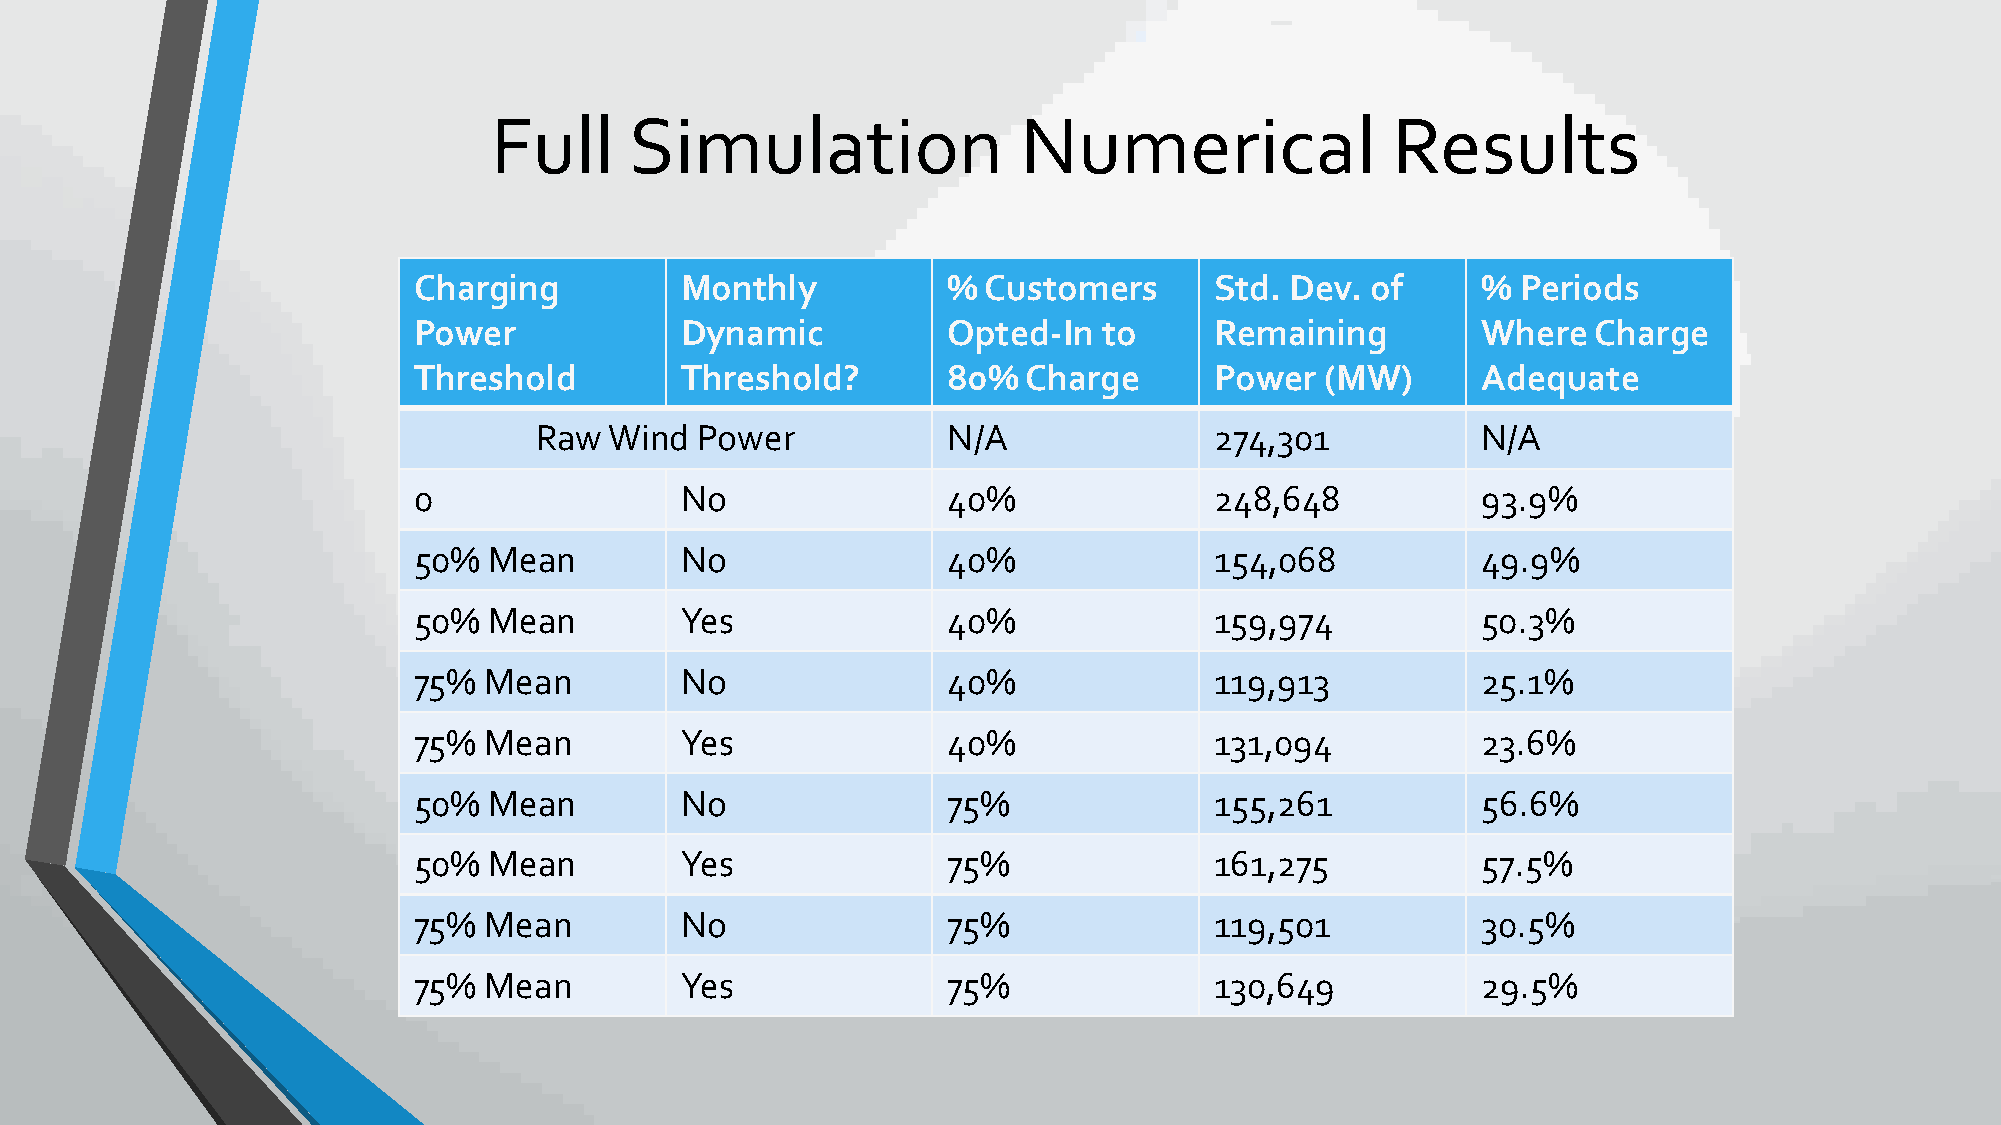
Full      Simulation                Numerical               Results
 Charging          Monthly           % Customers      Std. Dev.  of     %  Periods
 Power             Dynamic           Opted-In  to     Remaining         Where  Charge
 Threshold         Threshold?        80%  Charge      Power   (MW)      Adequate
 Raw  Wind  Power            N/A              274,301           N/A
 0                 No                40%              248,648           93.9%
 50%  Mean         No                40%              154,068           49.9%
 50%  Mean         Yes               40%              159,974           50.3%
 75%  Mean         No                40%              119,913           25.1%
 75%  Mean         Yes               40%              131,094           23.6%
 50%  Mean         No                75%              155,261           56.6%
 50%  Mean         Yes               75%              161,275           57.5%
 75%  Mean         No                75%              119,501           30.5%
 75%  Mean         Yes               75%              130,649           29.5%